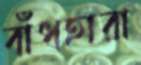
বাঁধহারা